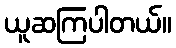
ယူဆကြပါတယ်။